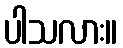
ပါသလား။